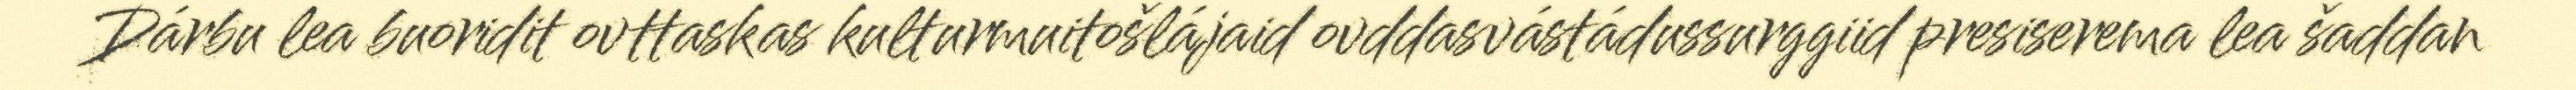
Dárbu lea buoridit ovttaskas kulturmuitošlájaid ovddasvástádussurggiid presiserema lea šaddan